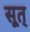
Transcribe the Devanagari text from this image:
सूत्